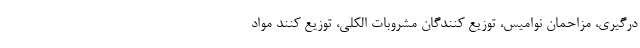
درگیری، مزاحمان نوامیس، توزیع کنندگان مشروبات الکلی، توزیع کنند مواد